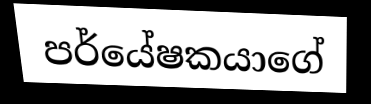
පර්යේෂකයාගේ